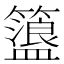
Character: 𥶞